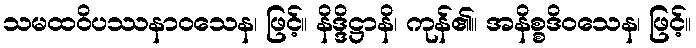
သမထဝိပဿနာဝသေန၊ ဖြင့်။ နိဒ္ဒိဋ္ဌာနိ၊ ကုန်၏။ အနိစ္စဒိဝသေန၊ ဖြင့်။